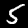
Digit: 5